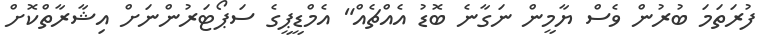
ފުރަތަމަ ބުރުން ވެސް ޔާމީން ނަގާނެ ބޮޑު އެއްޗެއް" އެމްޑީޕީގެ ސަޕޯޓަރުންނަށް އިޝާރާތްކޮށް